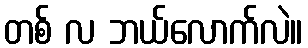
တစ် လ ဘယ်လောက်လဲ။